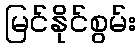
မြင်နိုင်စွမ်း